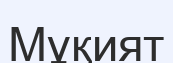
Мұқият